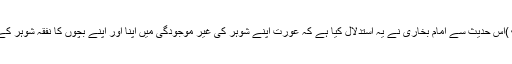
( بخاری کتاب الزکوۃ ۲/ ۰۲۱)اس حدیث سے امام بخاری نے یہ استدلال کیا ہے کہ عورت اپنے شوہر کی غیر موجودگی میں اپنا اور اپنے بچوں کا نفقہ شوہر کے مال میں سے لے سکتی ہے۔